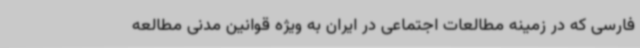
فارسی که در زمینه مطالعات اجتماعی در ایران به ویژه قوانین مدنی مطالعه